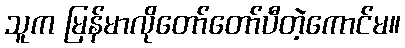
သူက မြန်မာလိုတော်တော်ပီတဲ့ကောင်မ။